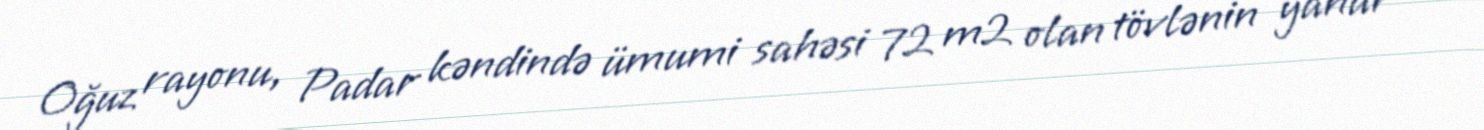
Oğuz rayonu, Padar kəndində ümumi sahəsi 72 m2 olan tövlənin yanar